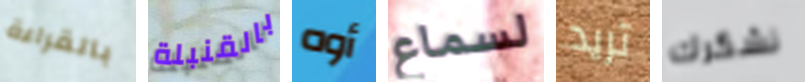
بالقراءة بالقنبلة أوه لسماع تريد نشكرك